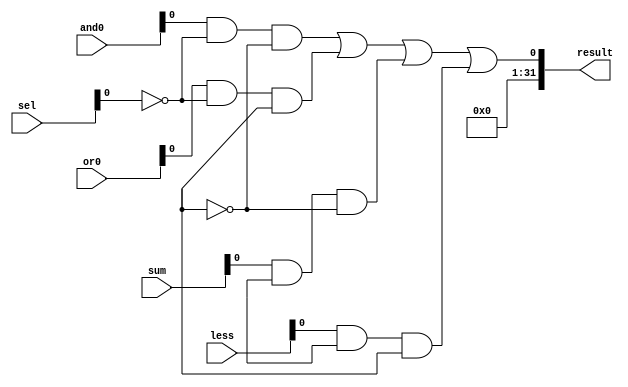
module mux4_1_32bit(
 output [31:0] result,
 input [31:0] and0, or0, sum, less, 
 input [1:0] sel);
 //reg resTemp;
 
wire sel1n, sel0n, mux0, mux1, mux2;
not M1 (sel1n, sel[0]);
and M5 (mux2, sum, sel1, sel0n);
and M6 (mux3, less, sel1, sel0);
not M2 (sel0n, sel0);
and M3 (mux0, and0, sel1n, sel0n);
and M4 (mux1, or0, sel1n, sel0);
or M7 (result, mux0, mux1, mux2, mux3);
//always
//begin
//	case(sel)
//		2'b00: resTemp = and0;
//		2'b01: resTemp <= or0;
//		2'b10: resTemp <= sum;
//		2'b11: resTemp <= less;
//	endcase	
//	
//end
//assign result = resTemp;
endmodule